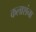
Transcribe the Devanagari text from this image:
कलाशंना